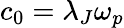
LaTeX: c_{0}=\lambda_{J}\omega_{p}